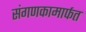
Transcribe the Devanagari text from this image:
संगणकामार्फत